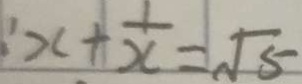
x + \frac { 1 } { x } = \sqrt { 5 }